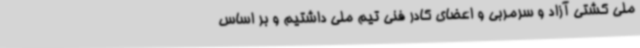
ملی کشتی آزاد و سرمربی و اعضای کادر فنی تیم ملی داشتیم و بر اساس